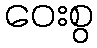
ဝေးစွ